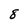
Character: 8